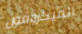
الميكروفون